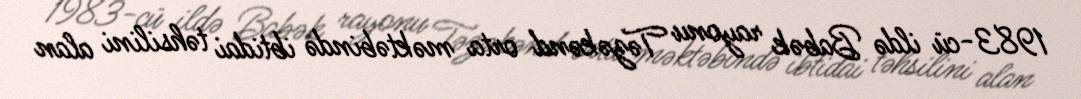
1983-cü ildə Babək rayonu Təzəkənd orta məktəbində ibtidai təhsilini alan